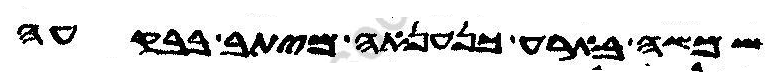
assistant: שמשה בארע כנענאה מיתב בבקעה